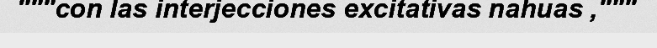
"""con las interjecciones excitativas nahuas ,"""